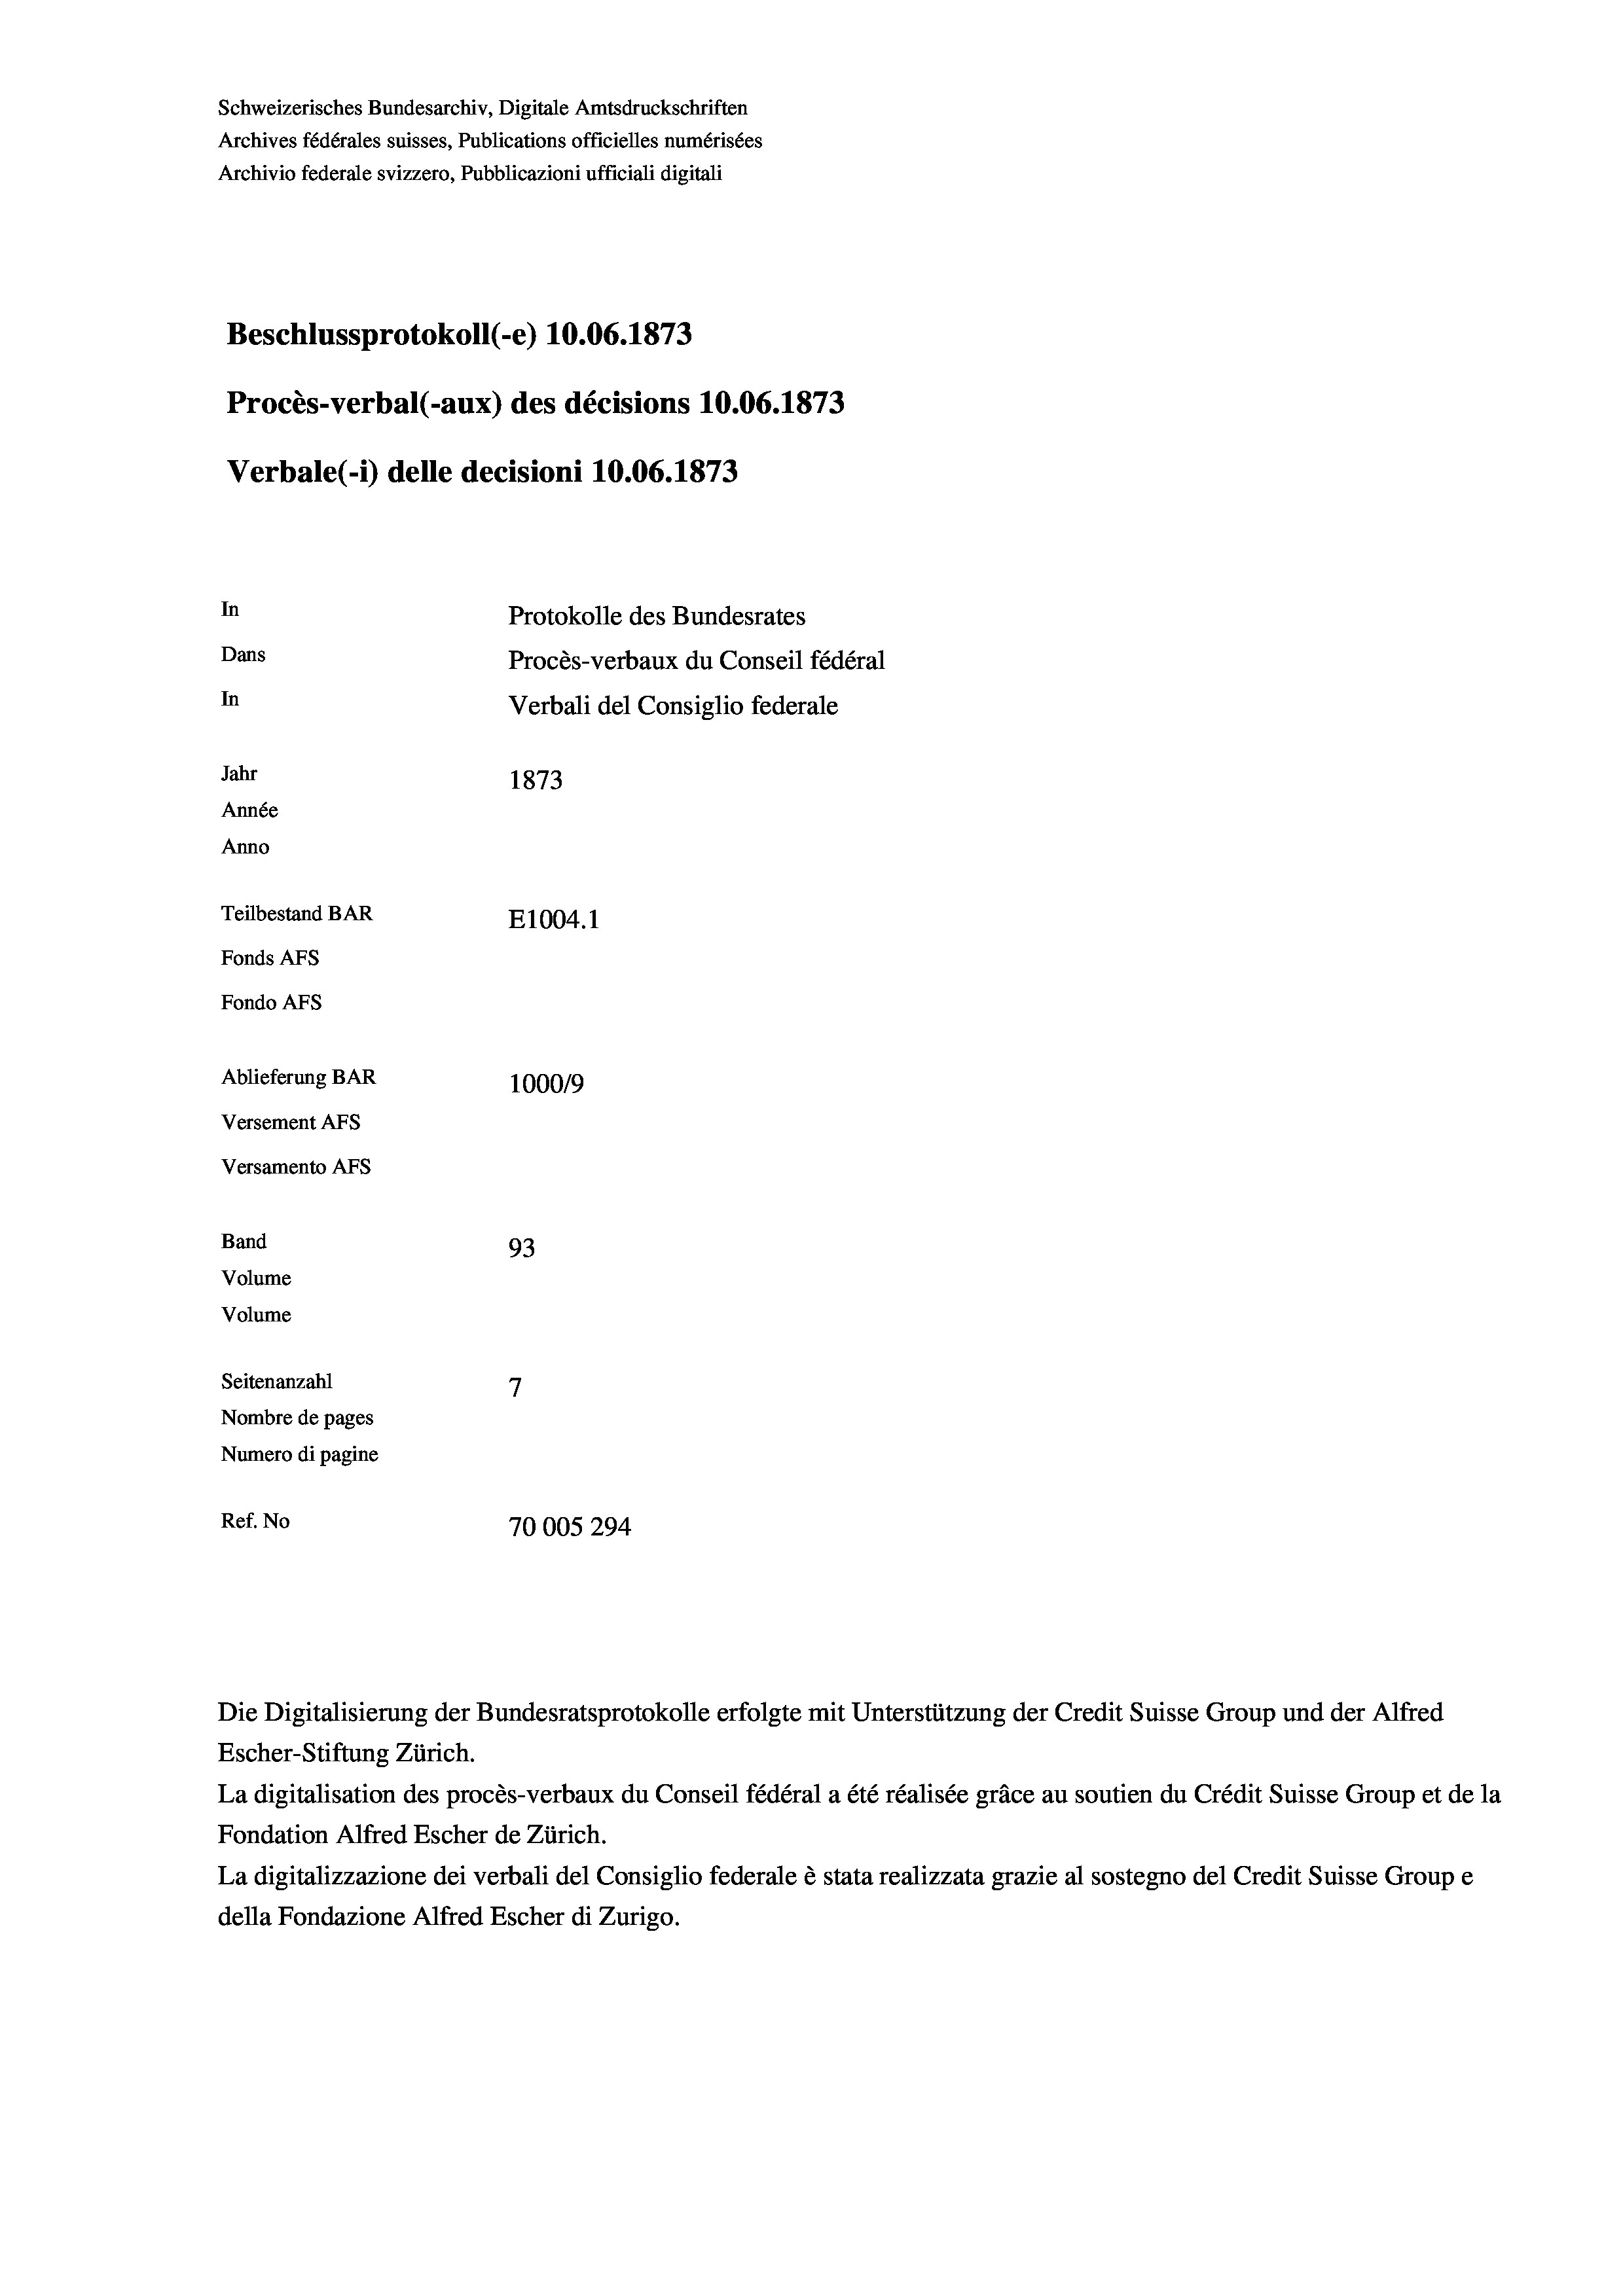
Schweizerisches Bundesarchiv, Digitale Amtsdruckschriften
Archives fédérales suisses, Publications officielles numérisées
Archivio federale svizzero, Pubblicazioni ufficiali digitali
Beschlussprotokoll (-e) 10.06. 1873
Procès-verbal (-aux) des décisions 10.06. 1873
Verbale (i) delle decisioni 10.06. 1873
In
Protokolle des Bundesrates
Dans
Procès-verbaux du Conseil fédéral
In
Verbali del Consiglio federale
Jahr
1873
Année
Anno
Teilbestand BAR
E1004.1
Fonds AFs
Fondo AFs
Ablieferung BAR
100019
Versement AFS
Versamento Afs

93
7
Seitenanzahl
Nombre de pages
Numero di pagine
Ref. No
70005 294

Band
Volume
Volume

Escher-Stiftung Zürich.
La digitalisation des procès-verbaux du Conseil fédéral a été réalisée gräce au soutien du Crédit Suisse Group et de la
Fondation Alfred Escher de Zürich.
La digitalizzazione dei verbali del Consiglio federale è stata realizzata grazie al sostegno del Credit Suisse Groupe
della Fondazione Alfred Escher di Zurigo.

Die Digitalisierung der Bundesratsprotokolle erfolgte mit Unterstützung der Credit Suisse Group und der Alfred